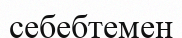
себебтемен